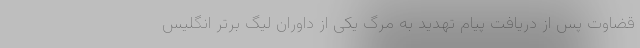
قضاوت پس از دریافت پیام تهدید به مرگ یکی از داوران لیگ برتر انگلیس